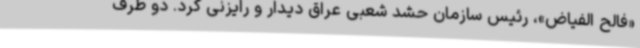
«فالح الفیاض»، رئیس سازمان حشد شعبی عراق دیدار و رایزنی کرد. دو طرف